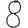
Digit: 8